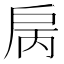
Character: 𢨿